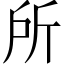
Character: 所